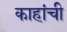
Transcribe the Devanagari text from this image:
काहांची